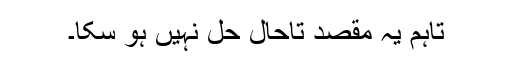
تاہم یہ مقصد تاحال حل نہیں ہو سکا۔